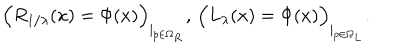
\Big ( R _ { 1 / \lambda } ( x ) = \Phi ( x ) \Big ) _ { \mid _ { p \in \Omega _ { R } } } , \, \Big ( L _ { \lambda } ( x ) = \Phi ( x ) \Big ) _ { \mid _ { p \in \Omega _ { L } } } .